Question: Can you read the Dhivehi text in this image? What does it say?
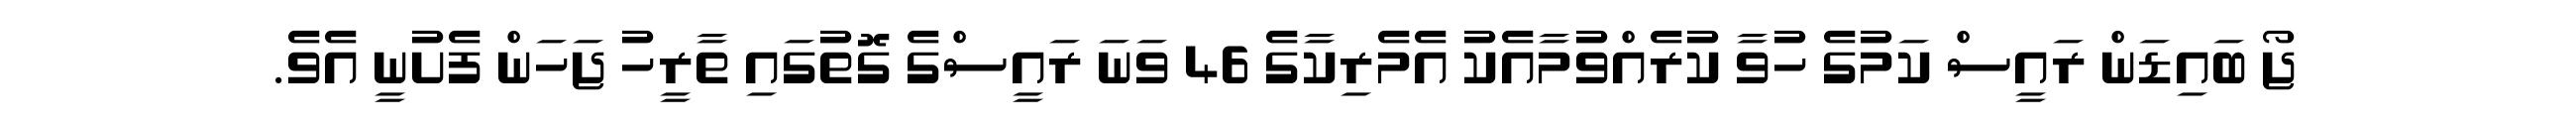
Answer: ޖޯ ބައިޑަން ރައީސް ކަމުގެ ހުވާ ކުރެއްވުމާއެކު އެމެރިކާގެ 46 ވަނަ ރައީސްގެ ގޮތުގައި ތާރީހު ޖަހަން ފެށުނީ އެވެ.